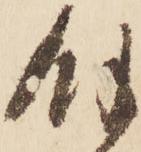
餘